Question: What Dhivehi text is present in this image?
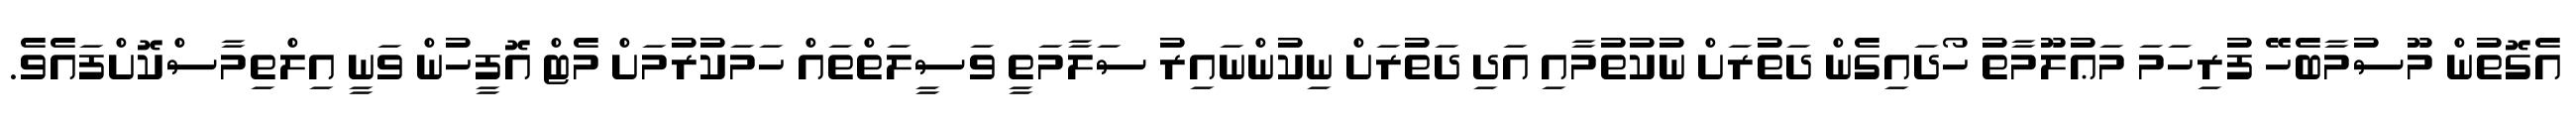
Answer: އެގޮތުން މޫސުމާބެހޭ ފުރިހަމަ މަޢުލޫމާތު ހޯދައިގެން ދަތުރަށް ނުކުތުމާއި އަދި ދަތުރަށް ނިކުންނައިރު ސަލާމަތީ ވަސީލަތްތައް ހަމަކުރުމަށް މެޓް އޮފީހުން ވަނީ އިލްތިމާސްކޮށްފައެވެ.